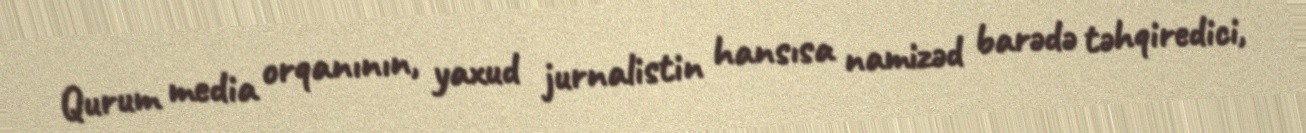
Qurum media orqanının, yaxud jurnalistin hansısa namizəd barədə təhqiredici,